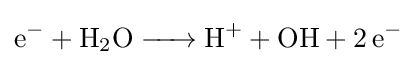
{\ce {e^- + H2O -> H+ + OH + 2e^-}}